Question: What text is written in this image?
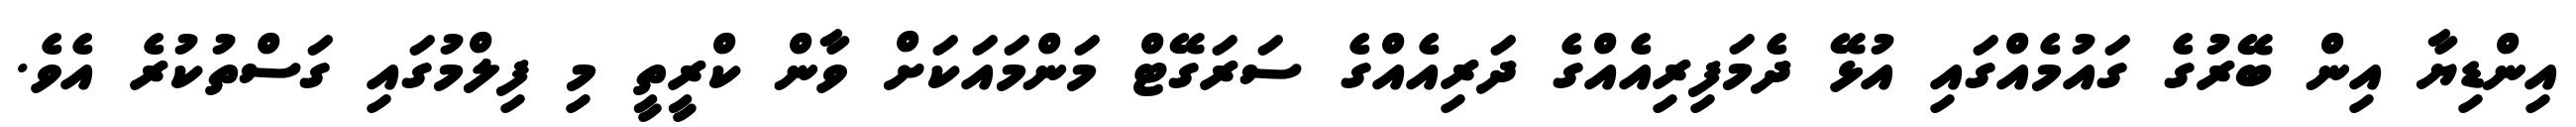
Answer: އިންޑިޔާ އިން ބޭރުގެ ގައުމެއްގައި އުޅޭ ދެމަފިރިއެއްގެ ދަރިއެއްގެ ސަރަގޭޓް މަންމައަކަށް ވާން ކްރީތީ މި ފިލްމުގައި ގަސްތުކުރެ އެވެ.